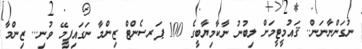
ނުގަންނާނަން.. ޤައުމީޓީމަށް ލިބުނު ނާކާމިޔާބީގެ 100 ޕަރސެންޓް ޒިންމާ ނަގައިފީމޭ ވުނި... ޒިންމާ